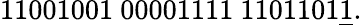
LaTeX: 11001001\ 00001111\ 1101101{\underline{{1}}}.